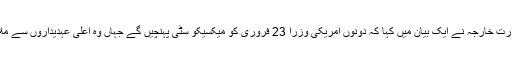
میکسیکو کی وزارت خارجہ نے ایک بیان میں کہا کہ دونوں امریکی وزرا 23 فروری کو میکسیکو سٹی پہنچیں گے جہاں وہ اعلیٰ عہدیداروں سے ملاقاتیں کریں گے۔